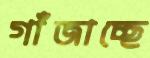
গাঁজাচ্ছে